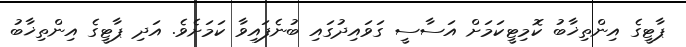
ޕާޓީގެ އިންތިޚާބު ކޮމިޓީކަމަށް އަސާސީ ގަވައިދުގައި ބުނެފައިވާ ކަމަށެވެ. އަދި ޕާޓީގެ އިންތިޚާބު